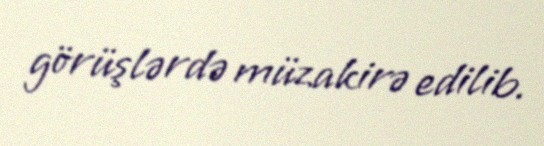
görüşlərdə müzakirə edilib.